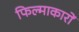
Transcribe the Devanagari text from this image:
फिल्माकारों